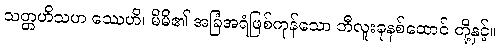
သတ္တဟိသဟ ဿေဟိ၊ မိမိ၏ အခြံအရံဖြစ်ကုန်သော ဘီလူးခုနစ်ထောင် တို့နှင့်။